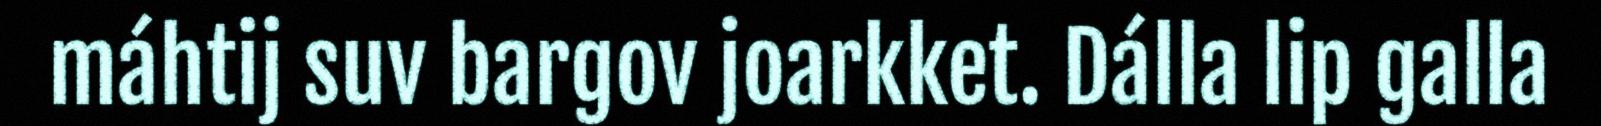
máhtij suv bargov joarkket. Dálla lip galla